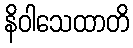
နိဝါသေထာတိ